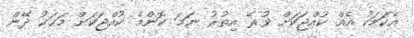
އެކަމަކު އެއް ކުއްޖަކަށް ވުރެ އިތުރު ނަމަ ކޮންމެ ކުއްޖަކަށް މަހަކު ދޭން